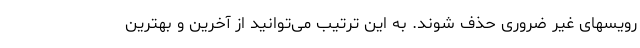
رویسهای غیر ضروری حذف شوند. به این ترتیب می‌توانید از آخرین و بهترین